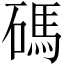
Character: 碼